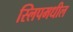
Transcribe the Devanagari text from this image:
स्लिपमधील